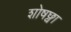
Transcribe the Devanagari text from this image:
शोषछ्वा